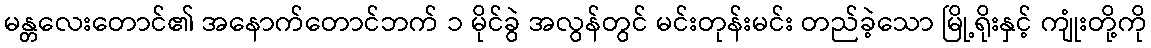
မန္တလေးတောင်၏ အနောက်တောင်ဘက် ၁ မိုင်ခွဲ အလွန်တွင် မင်းတုန်းမင်း တည်ခဲ့သော မြို့ရိုးနှင့် ကျုံးတို့ကို